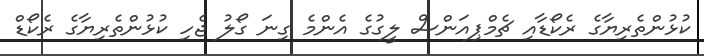
ކުޅުންތެރިޔާގެ ރެކޯޑާއި ޗެމްޕިއަންސް ލީގުގެ އެންމެ ގިނަ ގޯލު ޖެހި ކުޅުންތެރިޔާގެ ރެކޯޑް